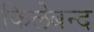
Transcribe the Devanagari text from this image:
किलेबन्द